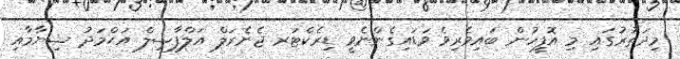
މިދަތުރުގައި މި އޮފީހުން ބައިވެރިވެ ވަޑައިގެންނެވީ ޑިރެކްޓަރ ޖެނެރަލް އަލްފާޟިލް އަޙްމަދު ޝިޔާމާއި